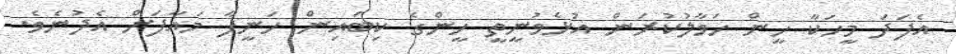
އެފަދަ މީހަކާ ހީން ހަވާލުކުރަން އުޅެވުނީތީ ހީންގެ ކިބައިން ހަނީފާ މައާފަށް އެދުނެވެ.